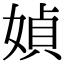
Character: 媜